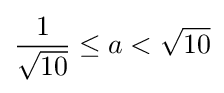
{\frac {1}{\sqrt {10}}}\leq a<{\sqrt {10}}